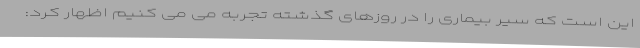
این است که سیر بیماری را در روزهای گذشته تجربه می می کنیم اظهار کرد: